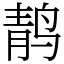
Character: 䴖